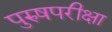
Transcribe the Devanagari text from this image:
पुरुषपरीक्षा